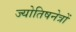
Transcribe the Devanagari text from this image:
ज्योतिषनेत्रों